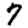
Digit: 7